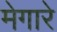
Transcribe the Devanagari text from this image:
मेगारे